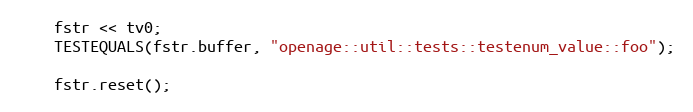
Language: C++
	fstr << tv0;
	TESTEQUALS(fstr.buffer, "openage::util::tests::testenum_value::foo");

	fstr.reset();